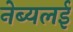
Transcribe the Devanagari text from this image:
नेब्यलई